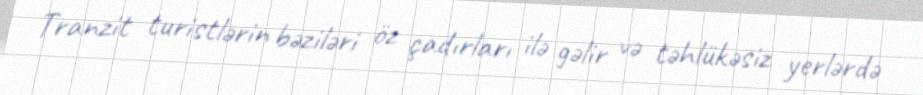
Tranzit turistlərin bəziləri öz çadırları ilə gəlir və təhlükəsiz yerlərdə